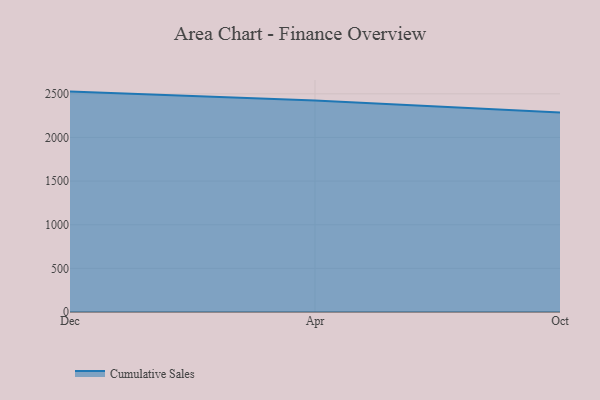
{"axis": {"x": "Month", "y": "Website Visitors"}, "legend": ["Cumulative Sales"], "data": [{"x": "Dec", "y": 2525.4, "type": "Cumulative Sales"}, {"x": "Apr", "y": 2422.7, "type": "Cumulative Sales"}, {"x": "Oct", "y": 2286.7, "type": "Cumulative Sales"}]}